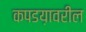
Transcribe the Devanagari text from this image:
कपडय़ावरील